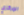
المركزي